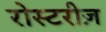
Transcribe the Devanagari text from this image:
रोस्टरीज़